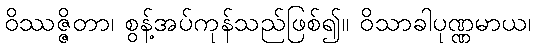
ဝိဿဇ္ဇိတာ၊ စွန့်အပ်ကုန်သည်ဖြစ်၍။ ဝိသာခါပုဏ္ဏမာယ၊